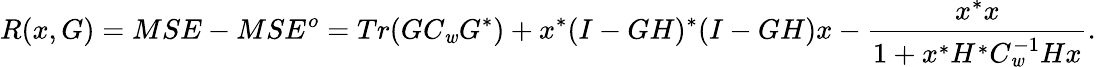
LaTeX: R(x,G)=MSE-MSE^{o}=Tr(GC_{\mathit{w}}G^{*})+x^{*}(I-GH)^{*}(I-GH)x-{\frac{{x^{*}x}}{{1+x^{*}H^{*}C_{\mathit{w}}^{-1}Hx}}}.